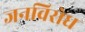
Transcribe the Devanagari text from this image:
जनविरोध